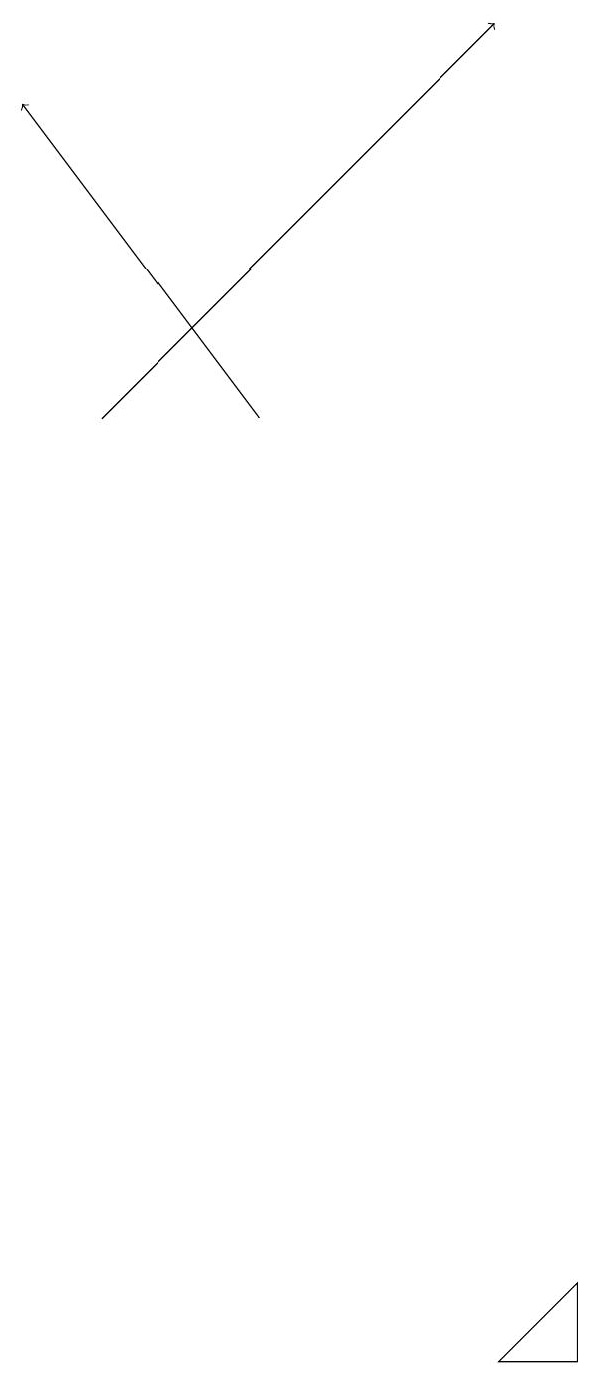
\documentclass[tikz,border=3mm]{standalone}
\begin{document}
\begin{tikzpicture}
\draw[->] (2,14) -- (7,19);
\draw (8,3) -- (8,2) -- (7,2) -- cycle;
\draw[->] (4,14) -- (1,18);
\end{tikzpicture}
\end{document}